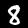
Digit: 8